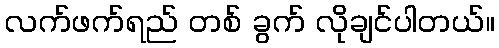
လက်ဖက်ရည် တစ် ခွက် လိုချင်ပါတယ်။